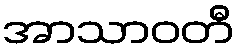
အာသာဝတီ